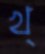
খ্